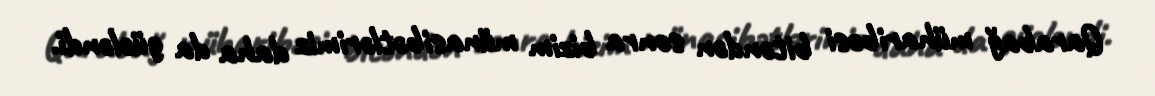
Qarabağ müharibəsi bitəndən sonra bizim münasibətlərimiz daha da gücləndi.